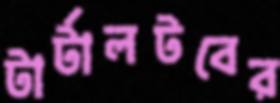
টার্টালটবের